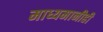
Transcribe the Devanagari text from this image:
माध्यमानीही